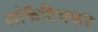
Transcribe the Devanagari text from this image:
लोकैटिवकर